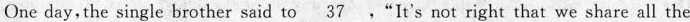
One day, the single brother said to \underline{37} ."It's not right that we share all the